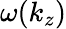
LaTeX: \omega(k_{z})